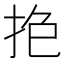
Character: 𢫎